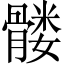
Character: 髅